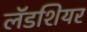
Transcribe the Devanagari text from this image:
लॅडशियर